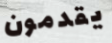
يقدمون